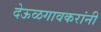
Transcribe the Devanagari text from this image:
देऊळगावकरांनी